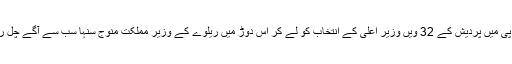
بی جے پی میں پردیش کے 32 ویں وزیر اعلیٰ کے انتخاب کو لے کر اس دوڑ میں ریلوے کے وزیر مملکت منوج سنہا سب سے آگے چل رہے ہیں۔